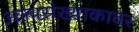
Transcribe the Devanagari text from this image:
अल्पसंख्याकावर